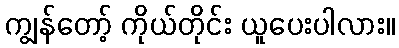
ကျွန်တော့် ကိုယ်တိုင်း ယူပေးပါလား။